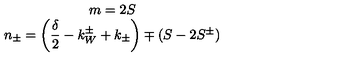
\begin{array} { c } { m = 2 S } \\ { n _ { \pm } = \left( \displaystyle \frac { \delta } { 2 } - k _ { W } ^ { \pm } + k _ { \pm } \right) \mp \left( S - 2 S ^ { \pm } \right) } \\ \end{array}